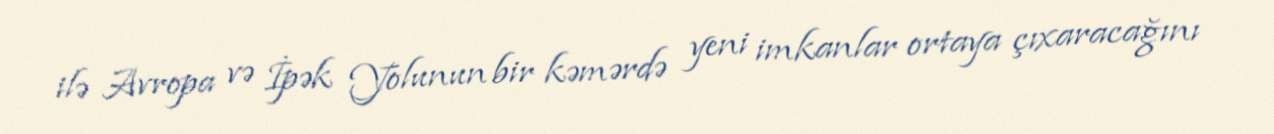
ilə Avropa və İpək Yolunun bir kəmərdə yeni imkanlar ortaya çıxaracağını